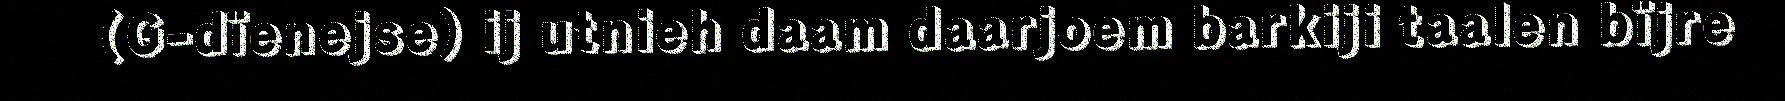
(G-dïenejse) ij utnieh daam daarjoem barkiji taalen bïjre